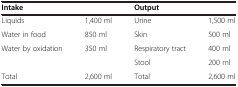
<table><thead><tr><td><b>Intake</b></td><td><b> </b></td><td><b>Output</b></td><td><b> </b></td></tr></thead><tbody><tr><td>Liquids</td><td>1,400 ml</td><td>Urine</td><td>1,500 ml</td></tr><tr><td>Water in food</td><td>850 ml</td><td>Skin</td><td>500 ml</td></tr><tr><td>Water by oxidation</td><td>350 ml</td><td>Respiratory tract</td><td>400 ml</td></tr><tr><td> </td><td> </td><td>Stool</td><td>200 ml</td></tr><tr><td>Total</td><td>2,600 ml</td><td>Total</td><td>2,600 ml</td></tr></tbody></table>